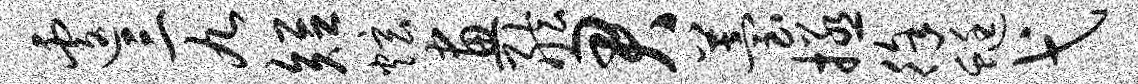
遽三九短炫画舷君苔拯徐蜓弋